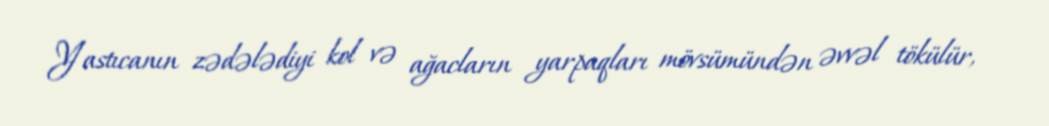
Yastıcanın zədələdiyi kol və ağacların yarpaqları mövsümündən əvvəl tökülür,